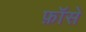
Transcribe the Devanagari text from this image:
फ़ॉसे